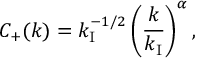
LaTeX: C _ { + } ( k ) = k _ { \mathrm { I } } ^ { - 1 / 2 } \left( \frac { k } { k _ { \mathrm { I } } } \right) ^ { \alpha } ,